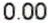
0.00